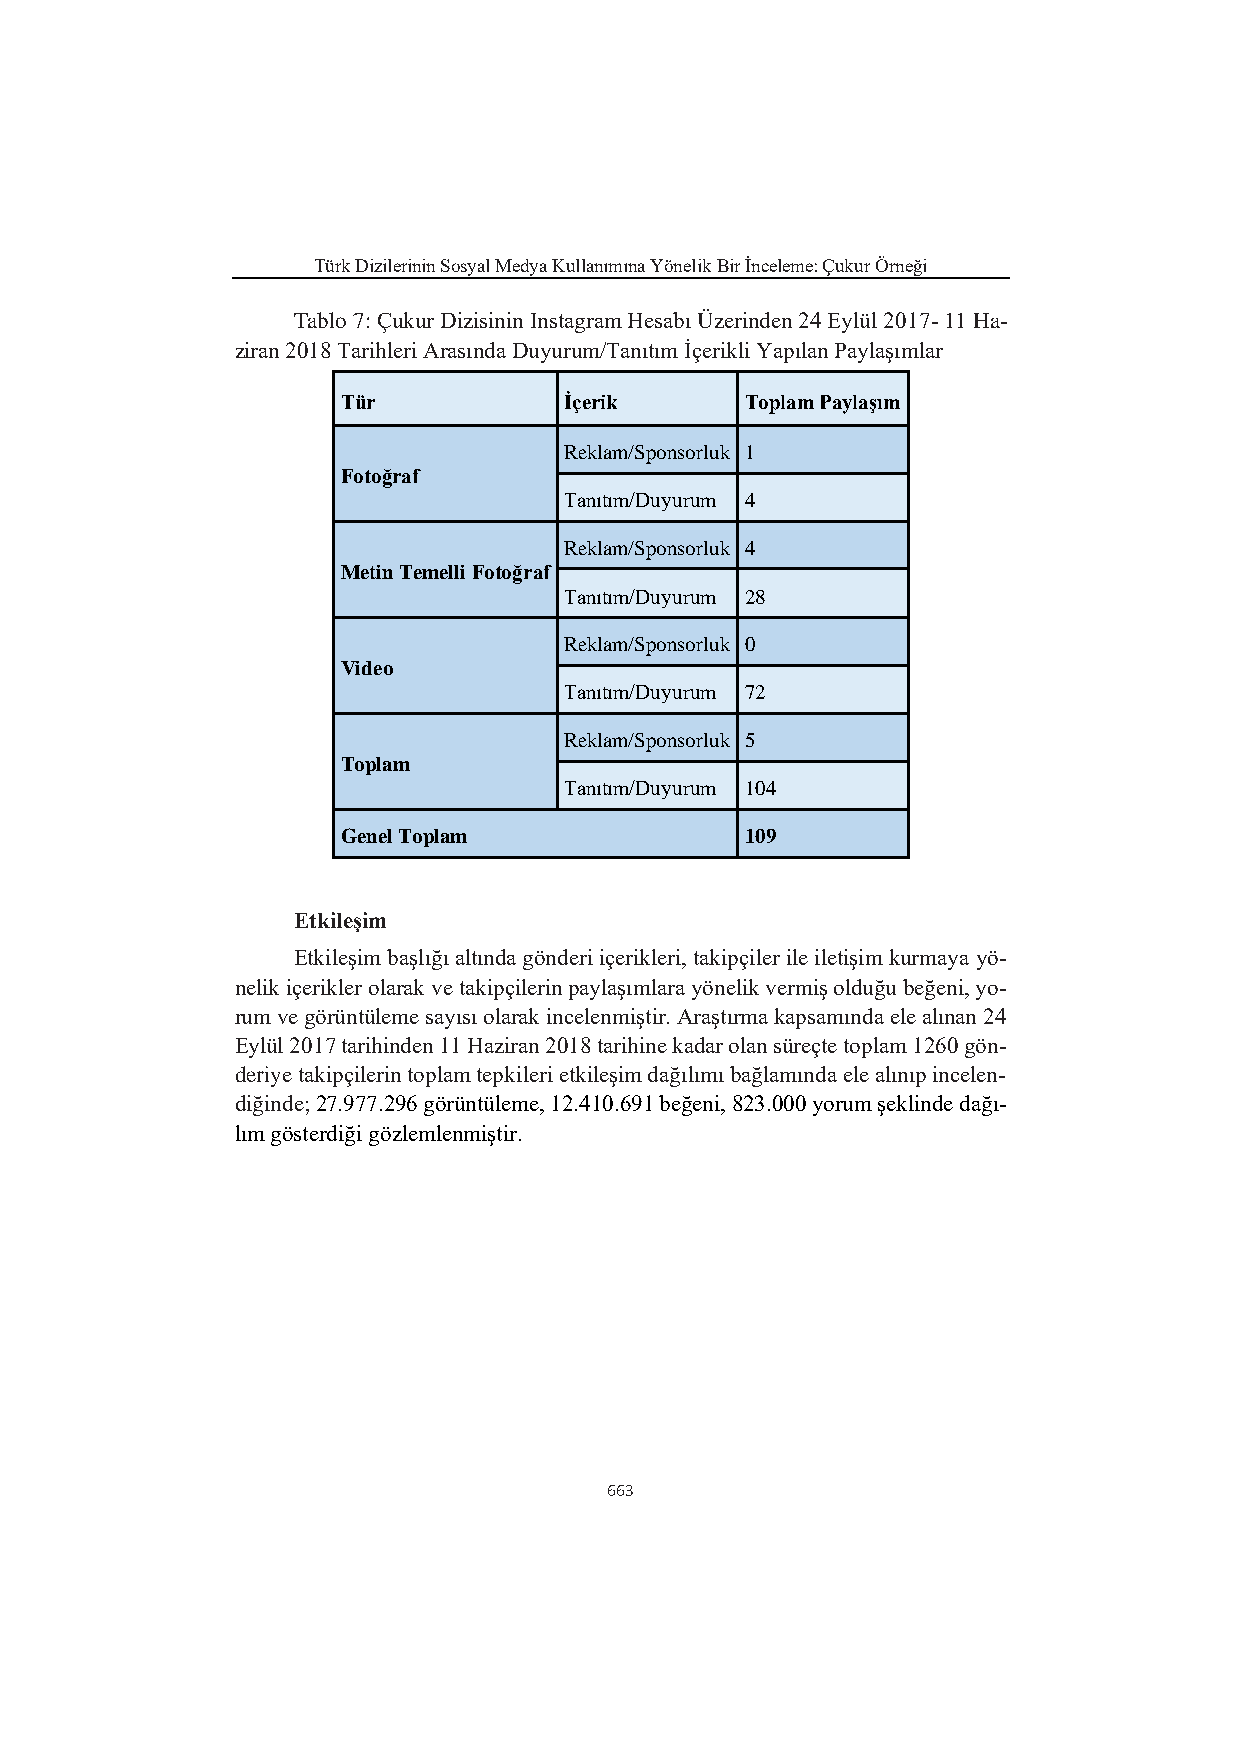
Türk Dizilerinin Sosyal Medya Kullanımına Yönelik Bir İnceleme: Çukur Örneği
 Tablo 7: Çukur Dizisinin Instagram Hesabı Üzerinden 24 Eylül 2017- 11 Ha-
 ziran 2018 Tarihleri Arasında Duyurum/Tanıtım İçerikli Yapılan Paylaşımlar
 Tür           İçerik      Toplam Paylaşım
 Reklam/Sponsorluk 1
 Fotoğraf
 Tanıtım/Duyurum 4
 Reklam/Sponsorluk 4
 Metin Temelli Fotoğraf
 Tanıtım/Duyurum 28
 Reklam/Sponsorluk 0
 Video
 Tanıtım/Duyurum 72
 Reklam/Sponsorluk 5
 Toplam
 Tanıtım/Duyurum 104
 Genel Toplam              109
 Etkileşim
 Etkileşim başlığı altında gönderi içerikleri, takipçiler ile iletişim kurmaya yö-
 nelik içerikler olarak ve takipçilerin paylaşımlara yönelik vermiş olduğu beğeni, yo-
 rum ve görüntüleme sayısı olarak incelenmiştir. Araştırma kapsamında ele alınan 24
 Eylül 2017 tarihinden 11 Haziran 2018 tarihine kadar olan süreçte toplam 1260 gön-
 deriye takipçilerin toplam tepkileri etkileşim dağılımı bağlamında ele alınıp incelen-
 diğinde; 27.977.296 görüntüleme, 12.410.691 beğeni, 823.000 yorum şeklinde dağı-
 lım gösterdiği gözlemlenmiştir.
 663